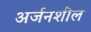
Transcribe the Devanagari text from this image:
अर्जनशील